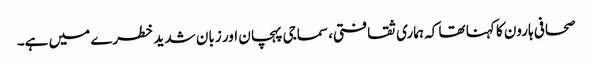
صحافی ہارون کا کہنا تھا کہ ہماری ثقافتی، سماجی پہچان اور زبان شدید خطرے میں ہے۔